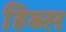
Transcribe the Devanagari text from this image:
हिब्स